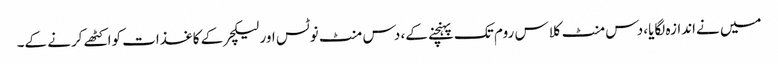
میں نےاندازہ لگایا، دس منٹ کلاس روم تک پہنچنے کے، دس منٹ نوٹس اور لیکچر کے کاغذات کواکٹھے کرنے کے۔